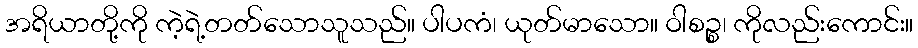
အရိယာတို့ကို ကဲ့ရဲ့တတ်သောသူသည်။ ပါပကံ၊ ယုတ်မာသော။ ဝါစဉ္စ၊ ကိုလည်းကောင်း။